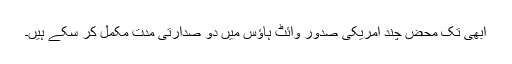
ابھی تک محض چند امریکی صدور وائٹ ہاؤس میں دو صدارتی مدت مکمل کر سکے ہیں۔